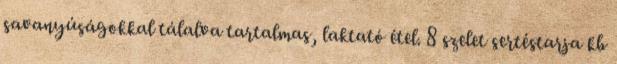
savanyúságokkal tálalva tartalmas, laktató étel. 8 szelet sertéstarja kb